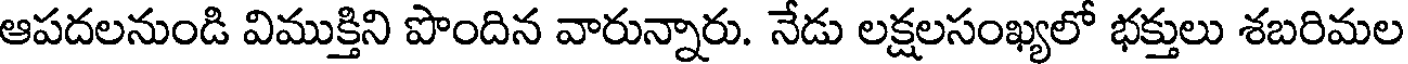
ఆపదలనుండి విముక్తిని పొందిన వారున్నారు. నేడు లక్షలసంఖ్యలో భక్తులు శబరిమల